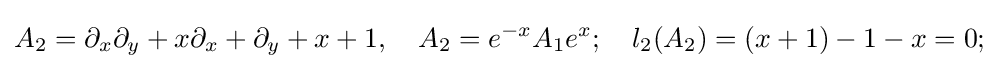
A_{2}=\partial _{x}\partial _{y}+x\partial _{x}+\partial _{y}+x+1,\quad A_{2}=e^{-x}A_{1}e^{x};\quad l_{2}(A_{2})=(x+1)-1-x=0;